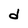
Character: d